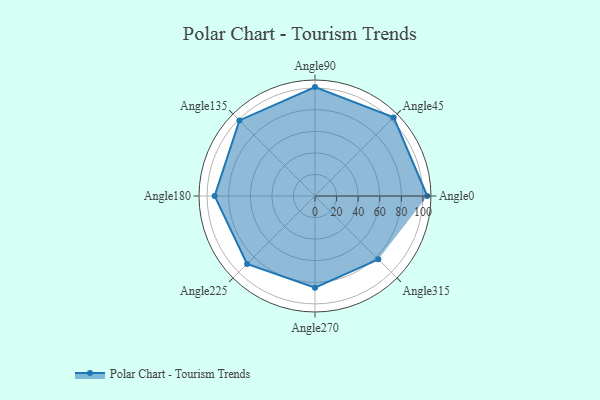
{"axis": {"x": "Angle", "y": "Radius"}, "legend": [""], "data": [{"x": "Angle0", "y": 104.0, "type": ""}, {"x": "Angle45", "y": 103.0, "type": ""}, {"x": "Angle90", "y": 101.0, "type": ""}, {"x": "Angle135", "y": 99.0, "type": ""}, {"x": "Angle180", "y": 93.0, "type": ""}, {"x": "Angle225", "y": 89.0, "type": ""}, {"x": "Angle270", "y": 85.0, "type": ""}, {"x": "Angle315", "y": 83.0, "type": ""}]}